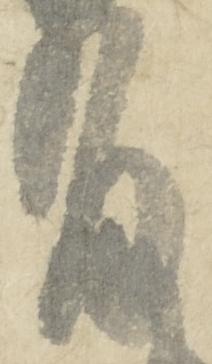
有